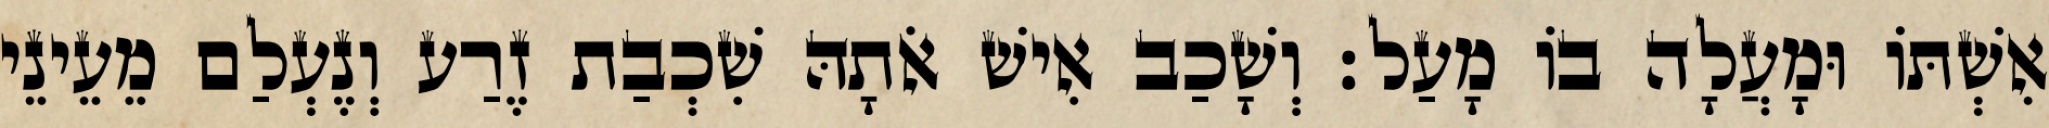
אִשְׁתּוֹ וּמָעֲלָה בוֹ מָעַל׃ וְשָׁכַב אִישׁ אֹתָהּ שִׁכְבַת זֶרַע וְנֶעְלַם מֵעֵינֵי